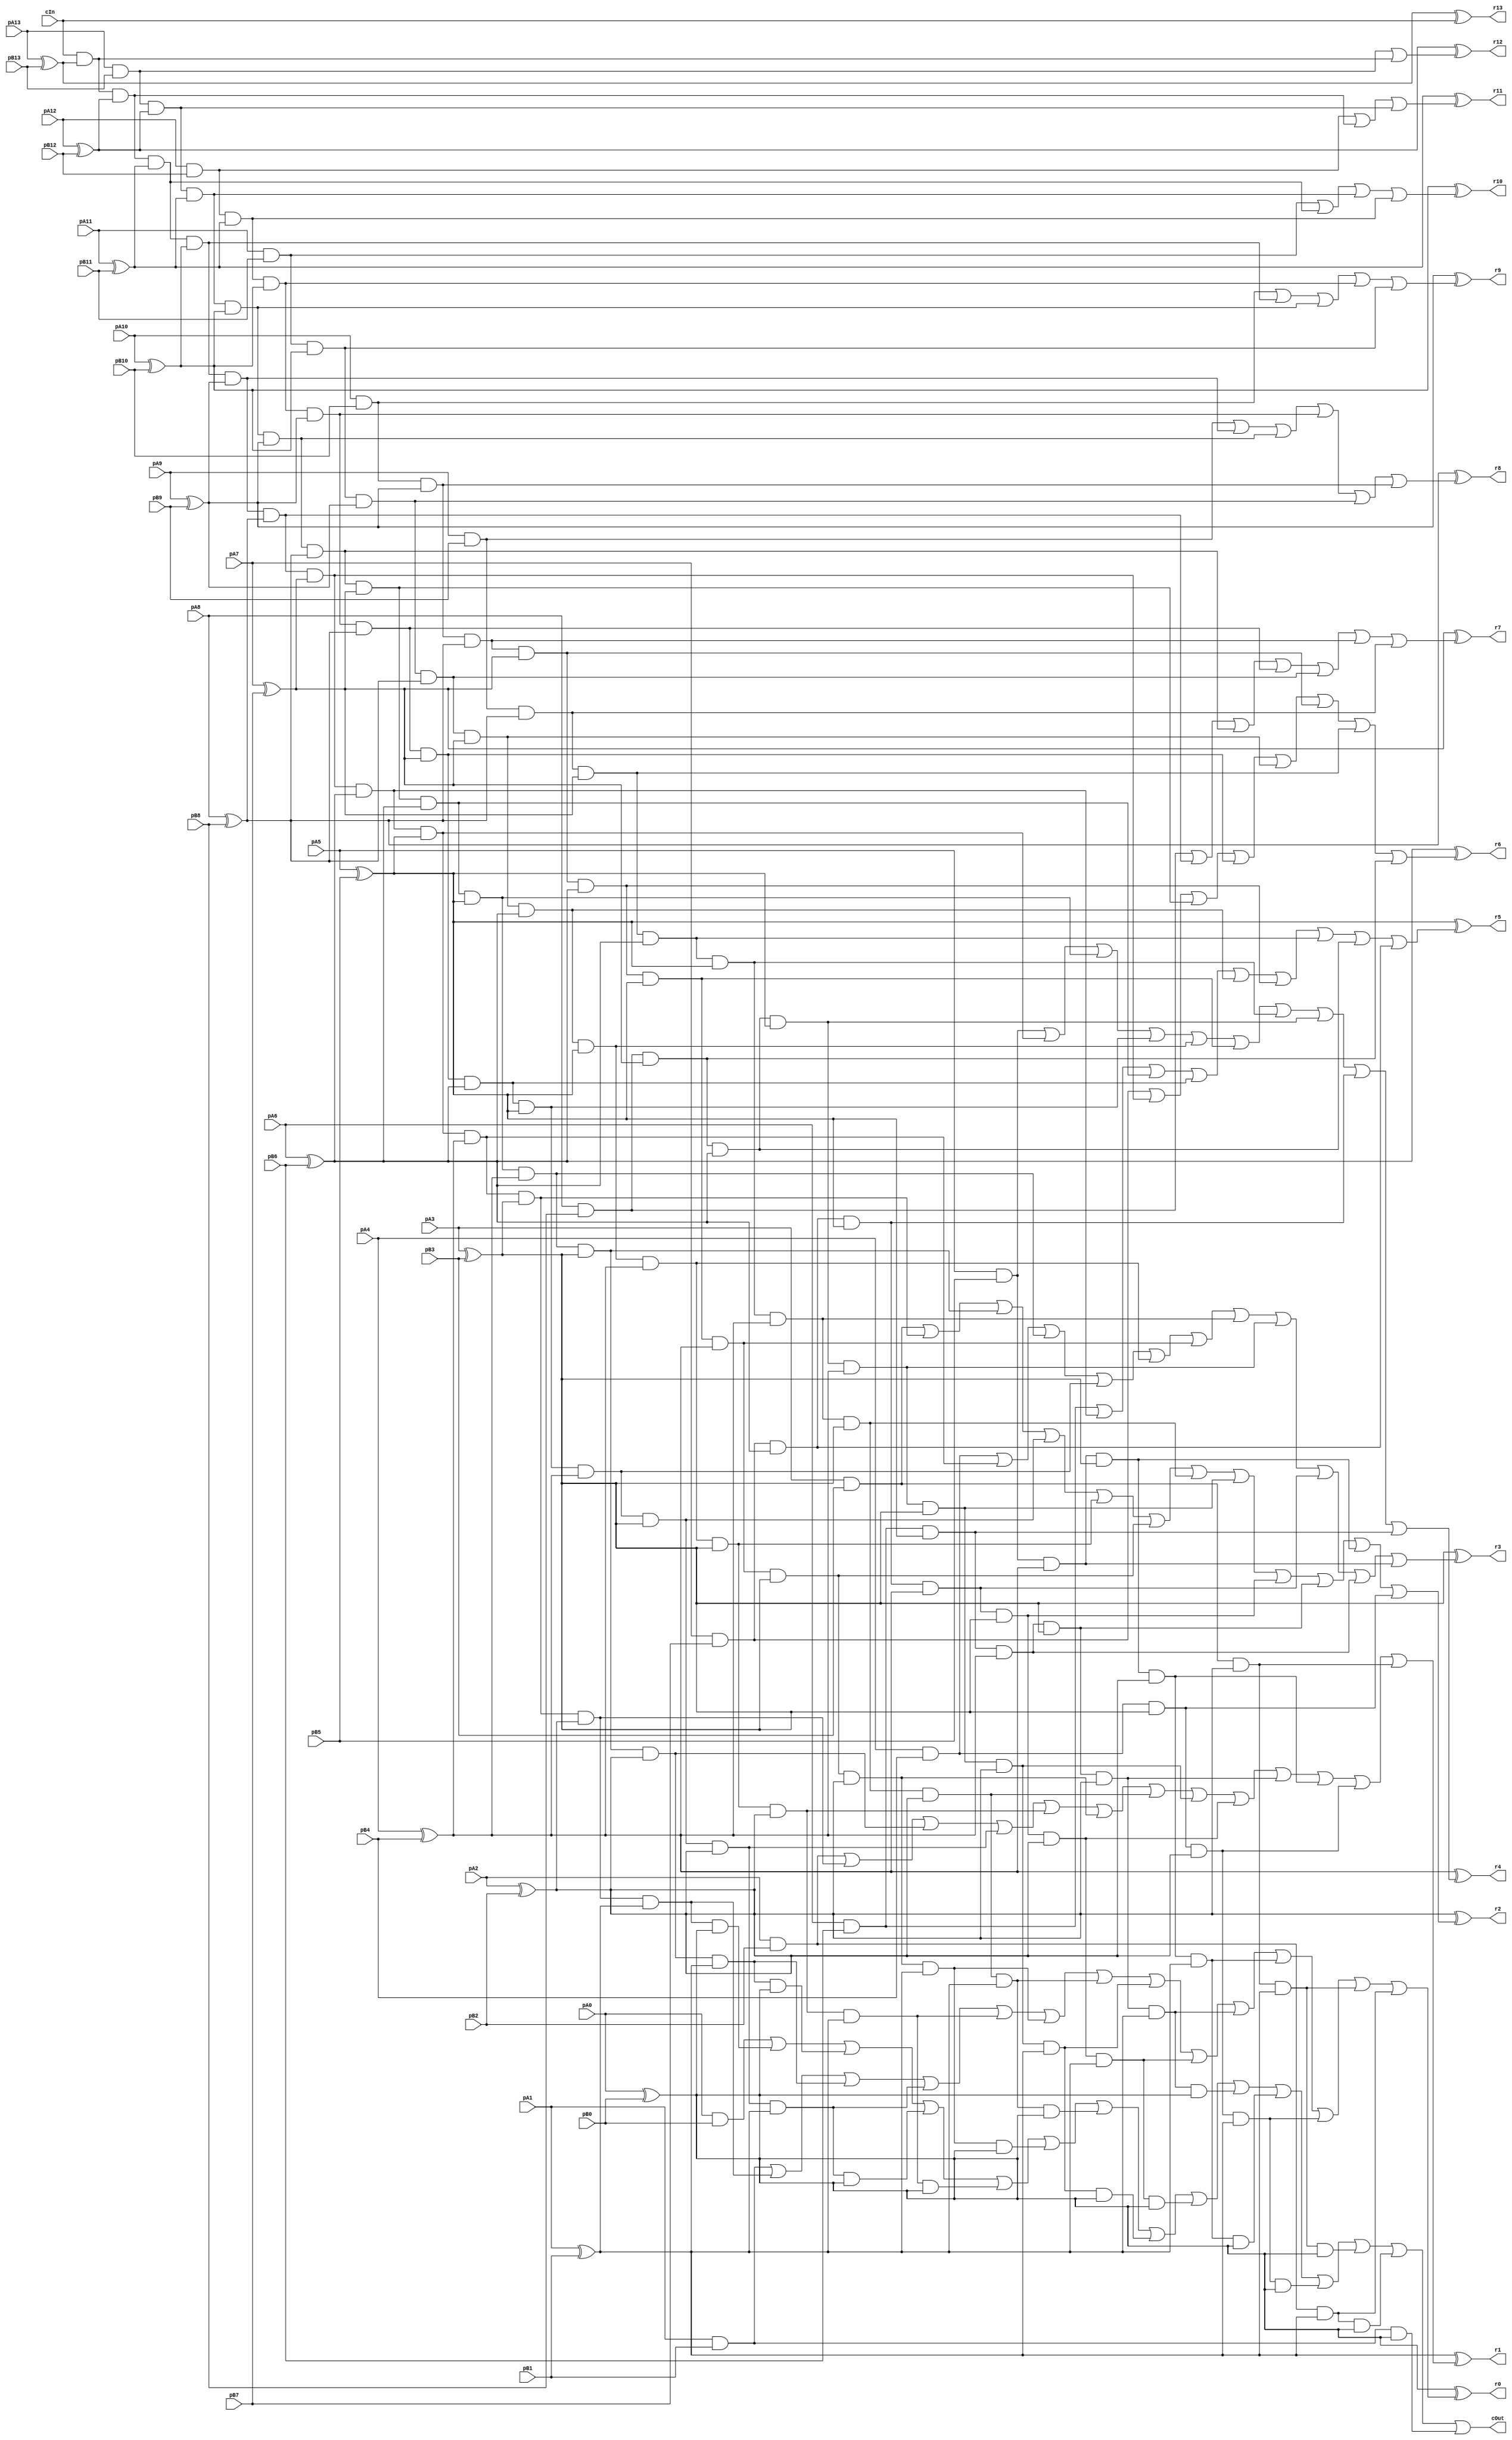
module CCarryLookahead_14_14_14_InOutT(pA13,pA12,pA11,pA10,pA9,pA8,pA7,pA6,pA5,pA4,pA3,pA2,pA1,pA0, pB13,pB12,pB11,pB10,pB9,pB8,pB7,pB6,pB5,pB4,pB3,pB2,pB1,pB0, r13,r12,r11,r10,r9,r8,r7,r6,r5,r4,r3,r2,r1,r0, cIn, cOut);

input pA13,pA12,pA11,pA10,pA9,pA8,pA7,pA6,pA5,pA4,pA3,pA2,pA1,pA0, pB13,pB12,pB11,pB10,pB9,pB8,pB7,pB6,pB5,pB4,pB3,pB2,pB1,pB0, cIn;
output r13,r12,r11,r10,r9,r8,r7,r6,r5,r4,r3,r2,r1,r0, cOut;
wire w1, w2, w3, w4, w5, w6, w7, w8, w9, w10, w11, w12, w13, w14, w15, w16, w17, w18, w19, w20, w21, w22, w23, w24, w25, w26, w27, w28, w29, w30, w31, w32, w33, w34, w35, w36, w37, w38, w39, w40, w41, w42, w43, w44, w45, w46, w47, w48, w49, w50, w51, w52, w53, w54, w55, w56, w57, w58, w59, w60, w61, w62, w63, w64, w65, w66, w67, w68, w69, w70, w71, w72, w73, w74, w75, w76, w77, w78, w79, w80, w81, w82, w83, w84, w85, w86, w87, w88, w89, w90, w91, w92, w93, w94, w95, w96, w97, w98, w99, w100, w101, w102, w103, w104, w105, w106, w107, w108, w109, w110, w111, w112, w113, w114, w115, w116, w117, w118, w119, w120, w121, w122, w123, w124, w125, w126, w127, w128, w129, w130, w131, w132, w133, w134, w135, w136, w137, w138, w139, w140, w141, w142, w143, w144, w145, w146, w147, w148, w149, w150, w151, w152, w153, w154, w155, w156, w157, w158, w159, w160, w161, w162, w163, w164, w165, w166, w167, w168, w169, w170, w171, w172, w173, w174, w175, w176, w177, w178, w179, w180, w181, w182, w183, w184, w185, w186, w187, w188, w189, w190, w191, w192, r4294967295;

assign w1 = pA13;
assign w2 = pA12;
assign w3 = pA11;
assign w4 = pA10;
assign w5 = pA9;
assign w6 = pA8;
assign w7 = pA7;
assign w8 = pA6;
assign w9 = pA5;
assign w10 = pA4;
assign w11 = pA3;
assign w12 = pA2;
assign w13 = pA1;
assign w14 = pA0;
assign w15 = pB13;
assign w16 = pB12;
assign w17 = pB11;
assign w18 = pB10;
assign w19 = pB9;
assign w20 = pB8;
assign w21 = pB7;
assign w22 = pB6;
assign w23 = pB5;
assign w24 = pB4;
assign w25 = pB3;
assign w26 = pB2;
assign w27 = pB1;
assign w28 = pB0;
assign r13 = w29;
assign r12 = w30;
assign r11 = w31;
assign r10 = w32;
assign r9 = w33;
assign r8 = w34;
assign r7 = w35;
assign r6 = w36;
assign r5 = w37;
assign r4 = w38;
assign r3 = w39;
assign r2 = w40;
assign r1 = w41;
assign r0 = w42;
assign r4294967295 = w43;
assign w44 = cIn;
assign cOut = w43;

assign w46 = w1 ^ w15;
assign w60 = w1 & w15;
assign w47 = w2 ^ w16;
assign w61 = w2 & w16;
assign w48 = w3 ^ w17;
assign w62 = w3 & w17;
assign w49 = w4 ^ w18;
assign w63 = w4 & w18;
assign w50 = w5 ^ w19;
assign w64 = w5 & w19;
assign w51 = w6 ^ w20;
assign w65 = w6 & w20;
assign w52 = w7 ^ w21;
assign w66 = w7 & w21;
assign w53 = w8 ^ w22;
assign w67 = w8 & w22;
assign w54 = w9 ^ w23;
assign w68 = w9 & w23;
assign w55 = w10 ^ w24;
assign w69 = w10 & w24;
assign w56 = w11 ^ w25;
assign w70 = w11 & w25;
assign w57 = w12 ^ w26;
assign w71 = w12 & w26;
assign w58 = w13 ^ w27;
assign w72 = w13 & w27;
assign w59 = w14 ^ w28;
assign w73 = w14 & w28;
assign w88 = w44 & w46;
assign w89 = w44 & w46 & w47;
assign w90 = w60 & w47;
assign w91 = w44 & w46 & w47 & w48;
assign w92 = w60 & w47 & w48;
assign w93 = w61 & w48;
assign w94 = w44 & w46 & w47 & w48 & w49;
assign w95 = w60 & w47 & w48 & w49;
assign w96 = w61 & w48 & w49;
assign w97 = w62 & w49;
assign w98 = w44 & w46 & w47 & w48 & w49 & w50;
assign w99 = w60 & w47 & w48 & w49 & w50;
assign w100 = w61 & w48 & w49 & w50;
assign w101 = w62 & w49 & w50;
assign w102 = w63 & w50;
assign w103 = w44 & w46 & w47 & w48 & w49 & w50 & w51;
assign w104 = w60 & w47 & w48 & w49 & w50 & w51;
assign w105 = w61 & w48 & w49 & w50 & w51;
assign w106 = w62 & w49 & w50 & w51;
assign w107 = w63 & w50 & w51;
assign w108 = w64 & w51;
assign w109 = w44 & w46 & w47 & w48 & w49 & w50 & w51 & w52;
assign w110 = w60 & w47 & w48 & w49 & w50 & w51 & w52;
assign w111 = w61 & w48 & w49 & w50 & w51 & w52;
assign w112 = w62 & w49 & w50 & w51 & w52;
assign w113 = w63 & w50 & w51 & w52;
assign w114 = w64 & w51 & w52;
assign w115 = w65 & w52;
assign w116 = w44 & w46 & w47 & w48 & w49 & w50 & w51 & w52 & w53;
assign w117 = w60 & w47 & w48 & w49 & w50 & w51 & w52 & w53;
assign w118 = w61 & w48 & w49 & w50 & w51 & w52 & w53;
assign w119 = w62 & w49 & w50 & w51 & w52 & w53;
assign w120 = w63 & w50 & w51 & w52 & w53;
assign w121 = w64 & w51 & w52 & w53;
assign w122 = w65 & w52 & w53;
assign w123 = w66 & w53;
assign w124 = w44 & w46 & w47 & w48 & w49 & w50 & w51 & w52 & w53 & w54;
assign w125 = w60 & w47 & w48 & w49 & w50 & w51 & w52 & w53 & w54;
assign w126 = w61 & w48 & w49 & w50 & w51 & w52 & w53 & w54;
assign w127 = w62 & w49 & w50 & w51 & w52 & w53 & w54;
assign w128 = w63 & w50 & w51 & w52 & w53 & w54;
assign w129 = w64 & w51 & w52 & w53 & w54;
assign w130 = w65 & w52 & w53 & w54;
assign w131 = w66 & w53 & w54;
assign w132 = w67 & w54;
assign w133 = w44 & w46 & w47 & w48 & w49 & w50 & w51 & w52 & w53 & w54 & w55;
assign w134 = w60 & w47 & w48 & w49 & w50 & w51 & w52 & w53 & w54 & w55;
assign w135 = w61 & w48 & w49 & w50 & w51 & w52 & w53 & w54 & w55;
assign w136 = w62 & w49 & w50 & w51 & w52 & w53 & w54 & w55;
assign w137 = w63 & w50 & w51 & w52 & w53 & w54 & w55;
assign w138 = w64 & w51 & w52 & w53 & w54 & w55;
assign w139 = w65 & w52 & w53 & w54 & w55;
assign w140 = w66 & w53 & w54 & w55;
assign w141 = w67 & w54 & w55;
assign w142 = w68 & w55;
assign w143 = w44 & w46 & w47 & w48 & w49 & w50 & w51 & w52 & w53 & w54 & w55 & w56;
assign w144 = w60 & w47 & w48 & w49 & w50 & w51 & w52 & w53 & w54 & w55 & w56;
assign w145 = w61 & w48 & w49 & w50 & w51 & w52 & w53 & w54 & w55 & w56;
assign w146 = w62 & w49 & w50 & w51 & w52 & w53 & w54 & w55 & w56;
assign w147 = w63 & w50 & w51 & w52 & w53 & w54 & w55 & w56;
assign w148 = w64 & w51 & w52 & w53 & w54 & w55 & w56;
assign w149 = w65 & w52 & w53 & w54 & w55 & w56;
assign w150 = w66 & w53 & w54 & w55 & w56;
assign w151 = w67 & w54 & w55 & w56;
assign w152 = w68 & w55 & w56;
assign w153 = w69 & w56;
assign w154 = w44 & w46 & w47 & w48 & w49 & w50 & w51 & w52 & w53 & w54 & w55 & w56 & w57;
assign w155 = w60 & w47 & w48 & w49 & w50 & w51 & w52 & w53 & w54 & w55 & w56 & w57;
assign w156 = w61 & w48 & w49 & w50 & w51 & w52 & w53 & w54 & w55 & w56 & w57;
assign w157 = w62 & w49 & w50 & w51 & w52 & w53 & w54 & w55 & w56 & w57;
assign w158 = w63 & w50 & w51 & w52 & w53 & w54 & w55 & w56 & w57;
assign w159 = w64 & w51 & w52 & w53 & w54 & w55 & w56 & w57;
assign w160 = w65 & w52 & w53 & w54 & w55 & w56 & w57;
assign w161 = w66 & w53 & w54 & w55 & w56 & w57;
assign w162 = w67 & w54 & w55 & w56 & w57;
assign w163 = w68 & w55 & w56 & w57;
assign w164 = w69 & w56 & w57;
assign w165 = w70 & w57;
assign w166 = w44 & w46 & w47 & w48 & w49 & w50 & w51 & w52 & w53 & w54 & w55 & w56 & w57 & w58;
assign w167 = w60 & w47 & w48 & w49 & w50 & w51 & w52 & w53 & w54 & w55 & w56 & w57 & w58;
assign w168 = w61 & w48 & w49 & w50 & w51 & w52 & w53 & w54 & w55 & w56 & w57 & w58;
assign w169 = w62 & w49 & w50 & w51 & w52 & w53 & w54 & w55 & w56 & w57 & w58;
assign w170 = w63 & w50 & w51 & w52 & w53 & w54 & w55 & w56 & w57 & w58;
assign w171 = w64 & w51 & w52 & w53 & w54 & w55 & w56 & w57 & w58;
assign w172 = w65 & w52 & w53 & w54 & w55 & w56 & w57 & w58;
assign w173 = w66 & w53 & w54 & w55 & w56 & w57 & w58;
assign w174 = w67 & w54 & w55 & w56 & w57 & w58;
assign w175 = w68 & w55 & w56 & w57 & w58;
assign w176 = w69 & w56 & w57 & w58;
assign w177 = w70 & w57 & w58;
assign w178 = w71 & w58;
assign w179 = w44 & w46 & w47 & w48 & w49 & w50 & w51 & w52 & w53 & w54 & w55 & w56 & w57 & w58 & w59;
assign w180 = w60 & w47 & w48 & w49 & w50 & w51 & w52 & w53 & w54 & w55 & w56 & w57 & w58 & w59;
assign w181 = w61 & w48 & w49 & w50 & w51 & w52 & w53 & w54 & w55 & w56 & w57 & w58 & w59;
assign w182 = w62 & w49 & w50 & w51 & w52 & w53 & w54 & w55 & w56 & w57 & w58 & w59;
assign w183 = w63 & w50 & w51 & w52 & w53 & w54 & w55 & w56 & w57 & w58 & w59;
assign w184 = w64 & w51 & w52 & w53 & w54 & w55 & w56 & w57 & w58 & w59;
assign w185 = w65 & w52 & w53 & w54 & w55 & w56 & w57 & w58 & w59;
assign w186 = w66 & w53 & w54 & w55 & w56 & w57 & w58 & w59;
assign w187 = w67 & w54 & w55 & w56 & w57 & w58 & w59;
assign w188 = w68 & w55 & w56 & w57 & w58 & w59;
assign w189 = w69 & w56 & w57 & w58 & w59;
assign w190 = w70 & w57 & w58 & w59;
assign w191 = w71 & w58 & w59;
assign w192 = w72 & w59;
assign w74 = w60 | w88;
assign w75 = w61 | w89 | w90;
assign w76 = w62 | w91 | w92 | w93;
assign w77 = w63 | w94 | w95 | w96 | w97;
assign w78 = w64 | w98 | w99 | w100 | w101 | w102;
assign w79 = w65 | w103 | w104 | w105 | w106 | w107 | w108;
assign w80 = w66 | w109 | w110 | w111 | w112 | w113 | w114 | w115;
assign w81 = w67 | w116 | w117 | w118 | w119 | w120 | w121 | w122 | w123;
assign w82 = w68 | w124 | w125 | w126 | w127 | w128 | w129 | w130 | w131 | w132;
assign w83 = w69 | w133 | w134 | w135 | w136 | w137 | w138 | w139 | w140 | w141 | w142;
assign w84 = w70 | w143 | w144 | w145 | w146 | w147 | w148 | w149 | w150 | w151 | w152 | w153;
assign w85 = w71 | w154 | w155 | w156 | w157 | w158 | w159 | w160 | w161 | w162 | w163 | w164 | w165;
assign w86 = w72 | w166 | w167 | w168 | w169 | w170 | w171 | w172 | w173 | w174 | w175 | w176 | w177 | w178;
assign w87 = w73 | w179 | w180 | w181 | w182 | w183 | w184 | w185 | w186 | w187 | w188 | w189 | w190 | w191 | w192;
assign w29 = w46 ^ w44;
assign w30 = w47 ^ w74;
assign w31 = w48 ^ w75;
assign w32 = w49 ^ w76;
assign w33 = w50 ^ w77;
assign w34 = w51 ^ w78;
assign w35 = w52 ^ w79;
assign w36 = w53 ^ w80;
assign w37 = w54 ^ w81;
assign w38 = w55 ^ w82;
assign w39 = w56 ^ w83;
assign w40 = w57 ^ w84;
assign w41 = w58 ^ w85;
assign w42 = w59 ^ w86;
assign w43 = w87;

endmodule